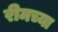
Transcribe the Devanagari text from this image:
रीमच्या